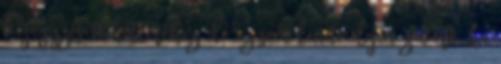
bejegyzések hátteréhez, de ez sem lenne ilyen zavaró, ha